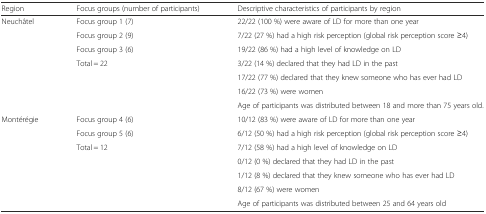
<table><thead><tr><td><b>Region</b></td><td><b>Focus groups (number of participants)</b></td><td><b>Descriptive characteristics of participants by region</b></td></tr></thead><tbody><tr><td rowspan="7">Neuchâtel</td><td>Focus group 1 (7)</td><td>22/22 (100 %) were aware of LD for more than one year</td></tr><tr><td>Focus group 2 (9)</td><td>7/22 (27 %) had a high risk perception (global risk perception score ≥4)</td></tr><tr><td>Focus group 3 (6)</td><td>19/22 (86 %) had a high level of knowledge on LD</td></tr><tr><td rowspan="4">Total = 22</td><td>3/22 (14 %) declared that they had LD in the past</td></tr><tr><td>17/22 (77 %) declared that they knew someone who has ever had LD</td></tr><tr><td>16/22 (73 %) were women</td></tr><tr><td>Age of participants was distributed between 18 and more than 75 years old.</td></tr><tr><td rowspan="7">Montérégie</td><td>Focus group 4 (6)</td><td>10/12 (83 %) were aware of LD for more than one year</td></tr><tr><td>Focus group 5 (6)</td><td>6/12 (50 %) had a high risk perception (global risk perception score ≥4)</td></tr><tr><td rowspan="5">Total = 12</td><td>7/12 (58 %) had a high level of knowledge on LD</td></tr><tr><td>0/12 (0 %) declared that they had LD in the past</td></tr><tr><td>1/12 (8 %) declared that they knew someone who has ever had LD</td></tr><tr><td>8/12 (67 %) were women</td></tr><tr><td>Age of participants was distributed between 25 and 64 years old</td></tr></tbody></table>